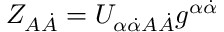
Z _ { A \dot { A } } = U _ { \alpha \dot { \alpha } A \dot { A } } g ^ { \alpha \dot { \alpha } }